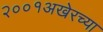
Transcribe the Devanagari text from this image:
२००१अखेरच्या